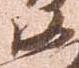
沙